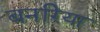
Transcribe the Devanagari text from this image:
बनरिया